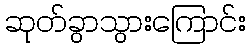
ဆုတ်ခွာသွားကြောင်း